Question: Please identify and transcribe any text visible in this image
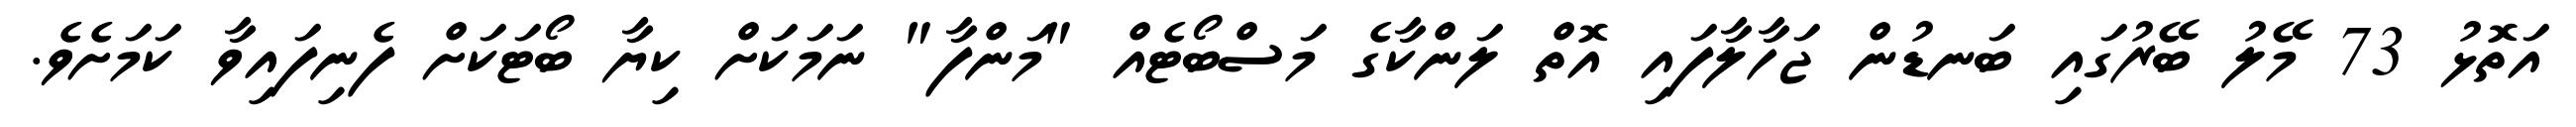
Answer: އަތޮޅު 73 މޭލު ބޭރުގައި ބަނޑުން ޖަހާލާފައި އޮތް ލަންކާގެ މަސްބޯޓެއް "މަންފާ" ނަމަކަށް ކިޔާ ބޯޓަކަށް ފެނިފައިވާ ކަމަށެވެ.